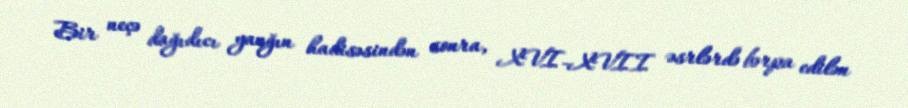
Bir neçə dağıdıcı yanğın hadisəsindən sonra, XVI-XVII əsrlərdə bərpa edilən